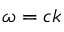
\omega = c k